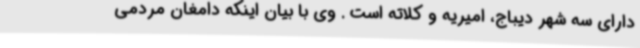
دارای سه شهر دیباج، امیریه و کلاته است . وی با بیان اینکه دامغان مردمی